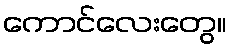
ကောင်လေးတွေ။